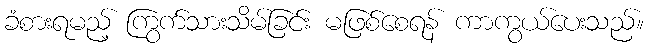
ခံစားရမည့် ကြွက်သားသိမ်ခြင်း မဖြစ်စေရန် ကာကွယ်ပေးသည်။